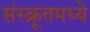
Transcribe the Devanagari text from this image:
संस्क्रूतमध्ये